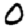
Digit: 0